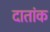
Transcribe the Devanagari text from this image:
दातांक